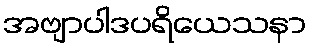
အဗျာပါဒပရိယေသနာ